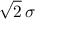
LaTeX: { \sqrt { 2 } } \, \sigma